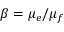
\beta = \mu _ { e } / \mu _ { f }